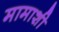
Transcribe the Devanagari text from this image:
मामाशी